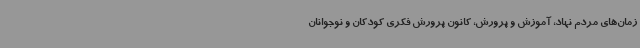
زمان‌های مردم نهاد، آموزش و پرورش، کانون پرورش فکری کودکان و نوجوانان